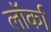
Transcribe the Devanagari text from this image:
लॉर्का